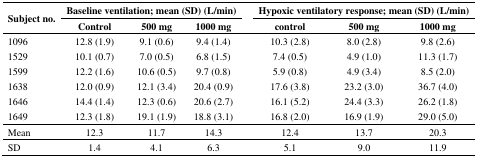
<table><thead><tr><td rowspan="2"><b>Subject no.</b></td><td colspan="3"><b>Baseline ventilation; mean (SD) (L/min)</b></td><td></td><td colspan="3"><b>Hypoxic ventilatory response; mean (SD) (L/min)</b></td></tr><tr><td><b>Control</b></td><td><b>500 mg</b></td><td><b>1000 mg</b></td><td></td><td><b>control</b></td><td><b>500 mg</b></td><td><b>1000 mg</b></td></tr></thead><tbody><tr><td>1096</td><td>12.8 (1.9)</td><td>9.1 (0.6)</td><td>9.4 (1.4)</td><td></td><td>10.3 (2.8)</td><td>8.0 (2.8)</td><td>9.8 (2.6)</td></tr><tr><td>1529</td><td>10.1 (0.7)</td><td>7.0 (0.5)</td><td>6.8 (1.5)</td><td></td><td>7.4 (0.5)</td><td>4.9 (1.0)</td><td>11.3 (1.7)</td></tr><tr><td>1599</td><td>12.2 (1.6)</td><td>10.6 (0.5)</td><td>9.7 (0.8)</td><td></td><td>5.9 (0.8)</td><td>4.9 (3.4)</td><td>8.5 (2.0)</td></tr><tr><td>1638</td><td>12.0 (0.9)</td><td>12.1 (3.4)</td><td>20.4 (0.9)</td><td></td><td>17.6 (3.8)</td><td>23.2 (3.0)</td><td>36.7 (4.0)</td></tr><tr><td>1646</td><td>14.4 (1.4)</td><td>12.3 (0.6)</td><td>20.6 (2.7)</td><td></td><td>16.1 (5.2)</td><td>24.4 (3.3)</td><td>26.2 (1.8)</td></tr><tr><td>1649</td><td>12.3 (1.8)</td><td>19.1 (1.9)</td><td>18.8 (3.1)</td><td></td><td>16.8 (2.0)</td><td>16.9 (1.9)</td><td>29.0 (5.0)</td></tr><tr><td>Mean</td><td>12.3</td><td>11.7</td><td>14.3</td><td></td><td>12.4</td><td>13.7</td><td>20.3</td></tr><tr><td>SD</td><td>1.4</td><td>4.1</td><td>6.3</td><td></td><td>5.1</td><td>9.0</td><td>11.9</td></tr></tbody></table>